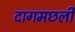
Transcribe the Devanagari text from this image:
दागमछली